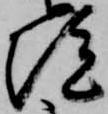
院